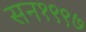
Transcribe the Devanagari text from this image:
सन१९९७